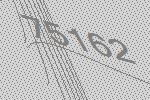
75162